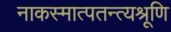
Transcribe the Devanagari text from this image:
नाकस्मात्पतन्त्यश्रूणि